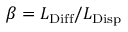
\beta = L _ { \mathrm { D i f f } } / L _ { \mathrm { D i s p } }